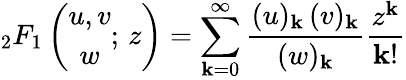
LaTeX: {{_2F_{1}}\left(\begin{array}{c}{u,v}\\ {w}\end{array};\, z\right)=\sum_{\mathbf{k}=0}^{\infty}\frac{{(u)_{\mathbf{k}}\, (v)_{\mathbf{k}}}}{{(w)_{\mathbf{k}}}}\frac{{z^{\mathbf{k}}}}{{\mathbf{k}!}}}